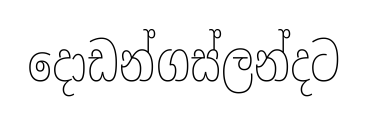
දොඩන්ගස්ලන්දට